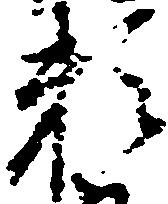
頼